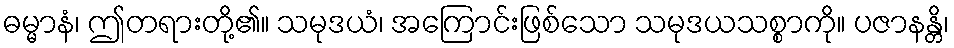
ဓမ္မာနံ၊ ဤတရားတို့၏။ သမုဒယံ၊ အကြောင်းဖြစ်သော သမုဒယသစ္စာကို။ ပဇာနန္တိ၊